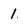
Character: 1